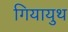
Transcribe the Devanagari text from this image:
गियायुथ